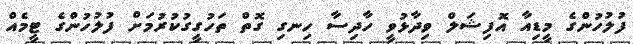
ފުލުހުންގެ މީޑިއާ އޮފިޝަލް ވިދާޅުވީ ހާދިސާ ހިނގި ގޮތް ތަހުގީގުކުރުމަށް ފުލުހުންގެ ޓީމެއް